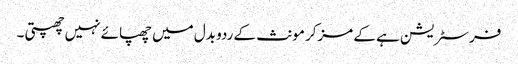
فرسٹریشن ہے کے مزکر مونث کے ردو بدل میں چھپائے نہیں چھپتی ۔